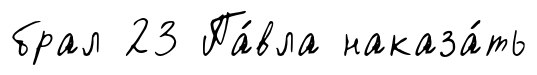
брал 23 Па́вла наказа́ть